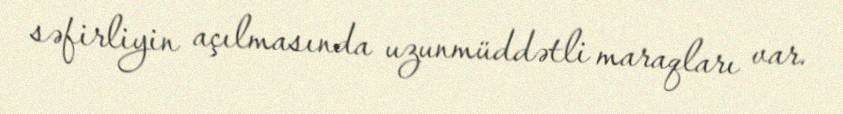
səfirliyin açılmasında uzunmüddətli maraqları var.